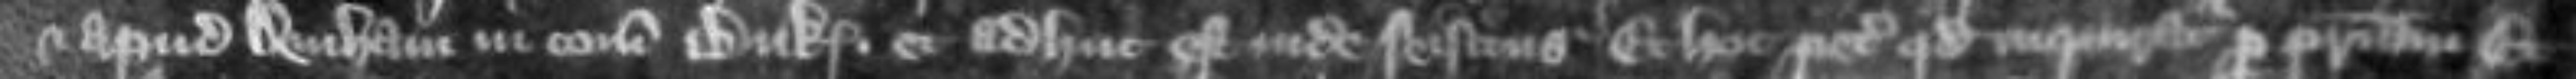
apud Denham in comitatu Buk et adhuc est inde seisitus Et hoc petunt quod inquiratur per patriam Et